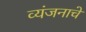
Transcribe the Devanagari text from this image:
व्यंजनाचे